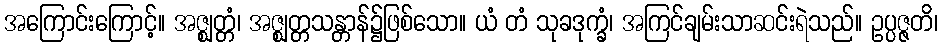
အကြောင်းကြောင့်။ အဇ္ဈတ္တံ၊ အဇ္ဈတ္တသန္တာန်၌ဖြစ်သော။ ယံ တံ သုခဒုက္ခံ၊ အကြင်ချမ်းသာဆင်းရဲသည်။ ဥပ္ပဇ္ဇတိ၊